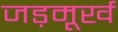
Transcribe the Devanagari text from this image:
जड़मूर्ख